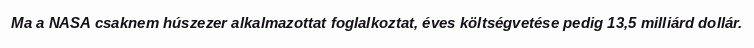
Ma a NASA csaknem húszezer alkalmazottat foglalkoztat, éves költségvetése pedig 13,5 milliárd dollár.